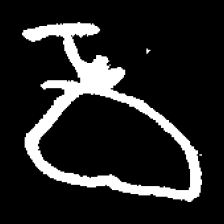
Pyu character \u2014 Myanmar letter: ဝ (romanized: wa)